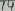
Text: 14